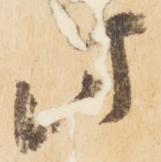
此